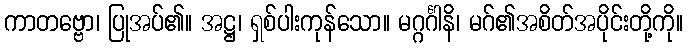
ကာတဗ္ဗော၊ ပြုအပ်၏။ အဋ္ဌ၊ ရှစ်ပါးကုန်သော။ မဂ္ဂင်္ဂါနိ၊ မဂ်၏အစိတ်အပိုင်းတို့ကို။